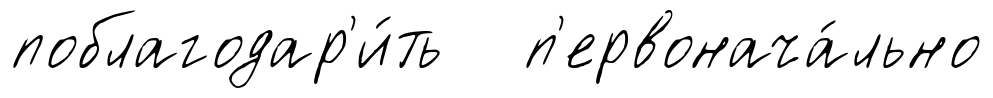
поблагодар'и́ть п'ервонача́льно